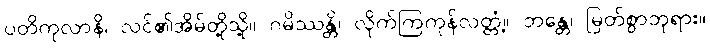
ပတိကုလာနိ၊ လင်၏အိမ်တို့သို့။ ဂမိဿန္တိ၊ လိုက်ကြကုန်လတ္တံ့။ ဘန္တေ၊ မြတ်စွာဘုရား။